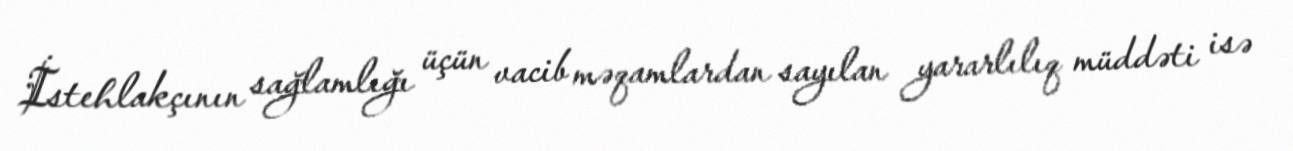
İstehlakçının sağlamlığı üçün vacib məqamlardan sayılan yararlılıq müddəti isə